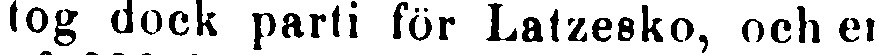
tog dock parti för Latzesko, och en